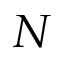
N